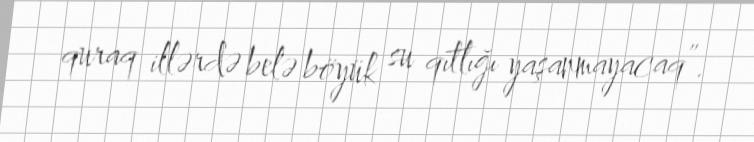
quraq illərdə belə böyük su qıtlığı yaşanmayacaq”.